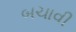
બચાવી